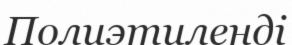
Полиэтиленді